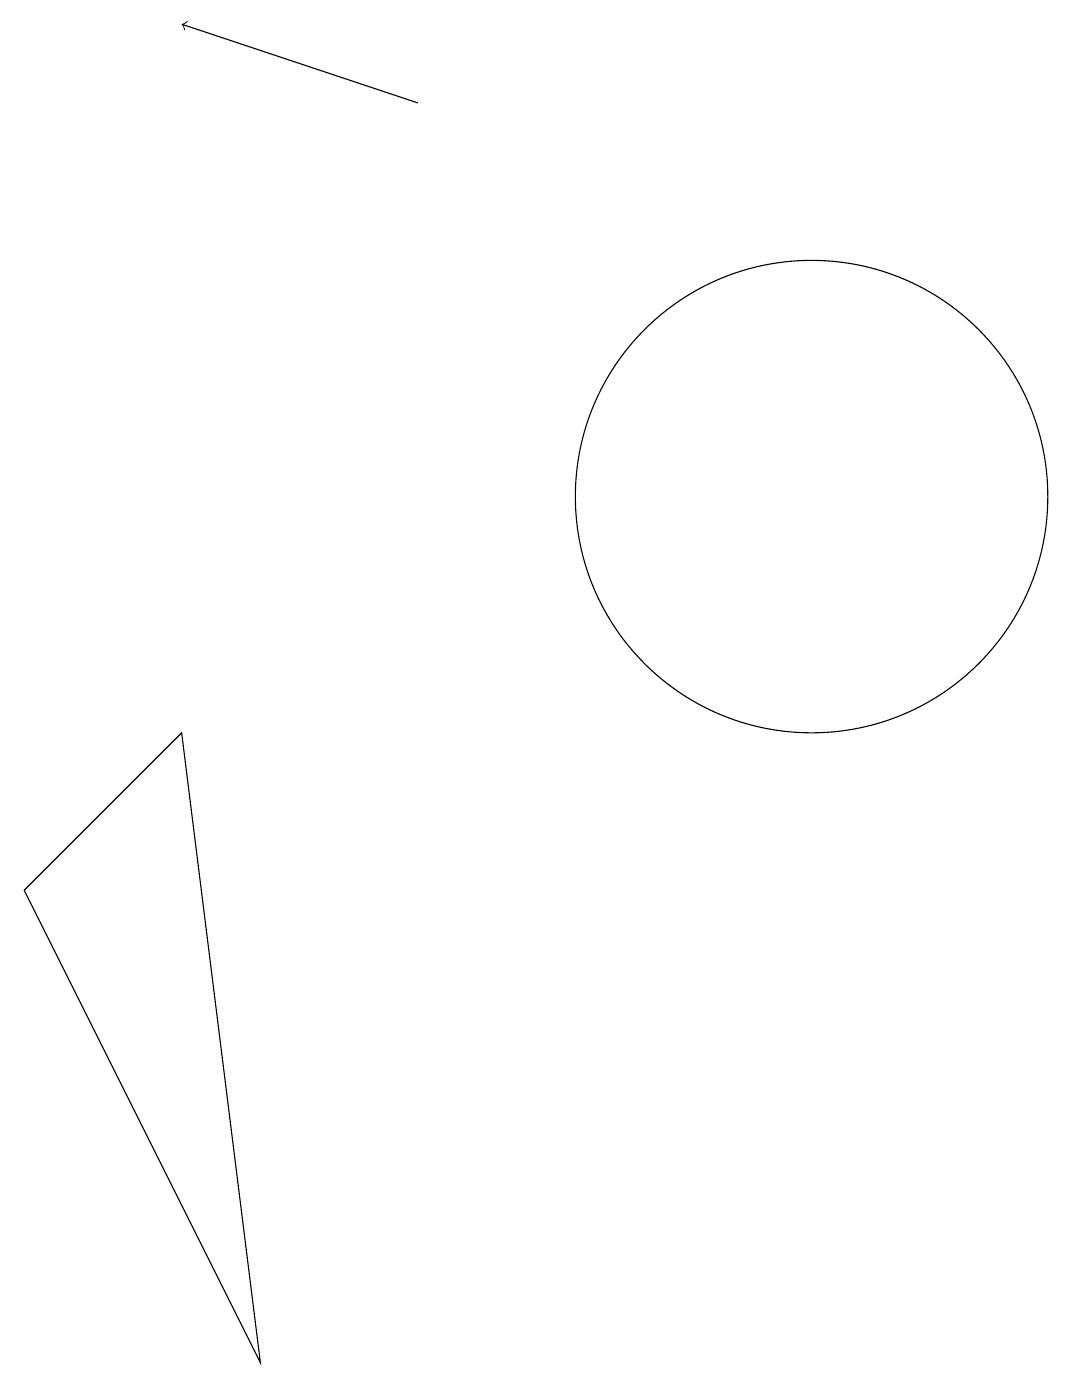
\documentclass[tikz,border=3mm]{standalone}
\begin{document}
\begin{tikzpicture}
\draw (4,0) -- (3,8) -- (1,6) -- cycle;
\draw[->] (6,16) -- (3,17);
\draw (11,11) circle (3);
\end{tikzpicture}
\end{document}